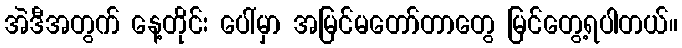
အဲဒီအတွက် နေ့တိုင်း ပေါ်မှာ အမြင်မတော်တာတွေ မြင်တွေ့ရပါတယ်။